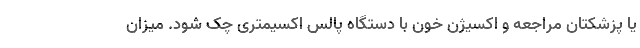
یا پزشکتان مراجعه و اکسیژن خون با دستگاه پالس اکسیمتری چک شود. میزان